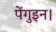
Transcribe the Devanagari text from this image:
पेंगुइन।